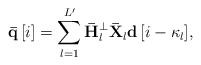
\begin{align*} {\bf{\bar q}}\left[ i \right] = \sum\limits_{l = 1}^{L'} {{{\bf{\bar H}}_{l}^ \bot {{{\bf{\bar X}}}_{l}}}{\bf{d}}\left[ {i - {\kappa _l}} \right]}, \end{align*}